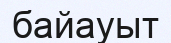
байауыт